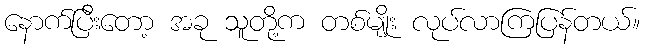
နောက်ပြီးတော့ အခု သူတို့က တစ်မျိုး လုပ်လာကြပြန်တယ်။